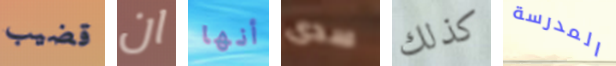
قضيب ان أنها سدى كذلك المدرسة